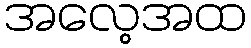
အလေ့အထ